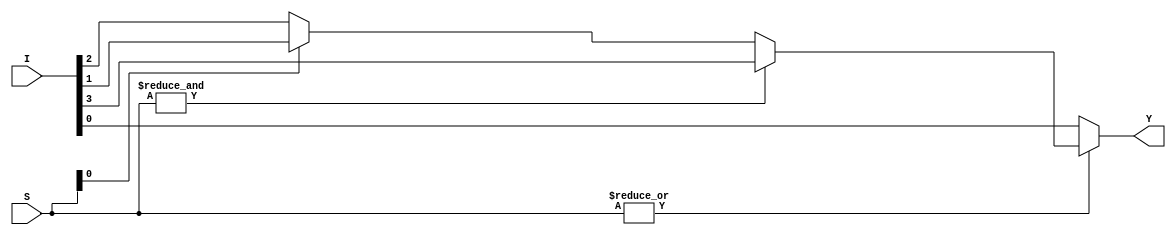
// This program was cloned from: https://github.com/paollacq/Verilog
// License: MIT License

/**************************************************
 P1.1 4:1 MULTIPLEXER DATAFLOW2
 ************************************************/

 module mux_4_1_df(Y,I,S);
 	input [3:0]I;
 	input [1:0]S;
 	output Y;

 assign Y= ~|S?I[0]:(&S?I[3]:(S[0]?I[1]:I[2]));


 endmodule